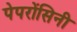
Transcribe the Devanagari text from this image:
पेपरोंसिनी